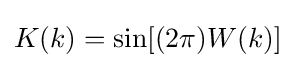
K(k)=\sin[(2\pi )W(k)]